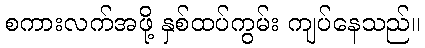
စကားလက်အဖို့ နှစ်ထပ်ကွမ်း ကျပ်နေသည်။